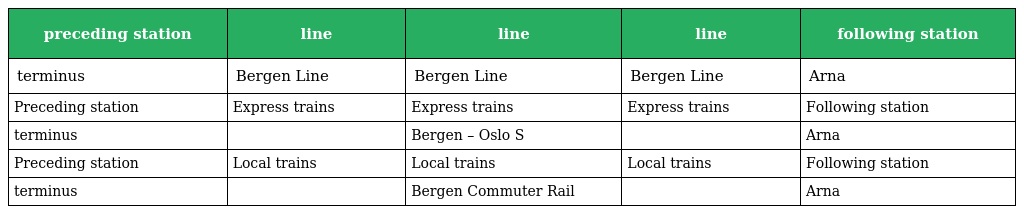
| preceding station | line | line | line | following station |
 | --- | --- | --- | --- | --- |
 | terminus | Bergen Line | Bergen Line | Bergen Line | Arna |
 | Preceding station | Express trains | Express trains | Express trains | Following station |
 | terminus |  | Bergen – Oslo S |  | Arna |
 | Preceding station | Local trains | Local trains | Local trains | Following station |
 | terminus |  | Bergen Commuter Rail |  | Arna |